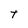
Character: t